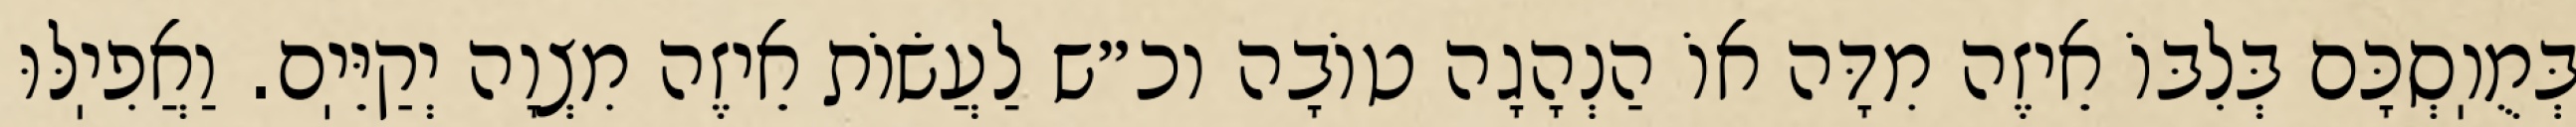
בְּמֻוֽסְכָּם בְּלִבּוֹ אֵיזֶה מִדָּה אוֹ הַנְהָגָה טוֹבָה וכ״ש לַעֲשׂוֹת אֵיזֶה מִצְוָה יְקַיֵּיֽם. וַאֲפִיֽלּוּ